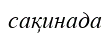
сақинада